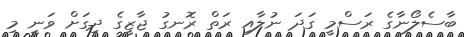
ބާސެލޯނާގެ ރަސްމީ ގަދަ ނުލާއި ރަތް ރޮނގު ޖާޒީގެ ދިގަށް ވަނީ މި